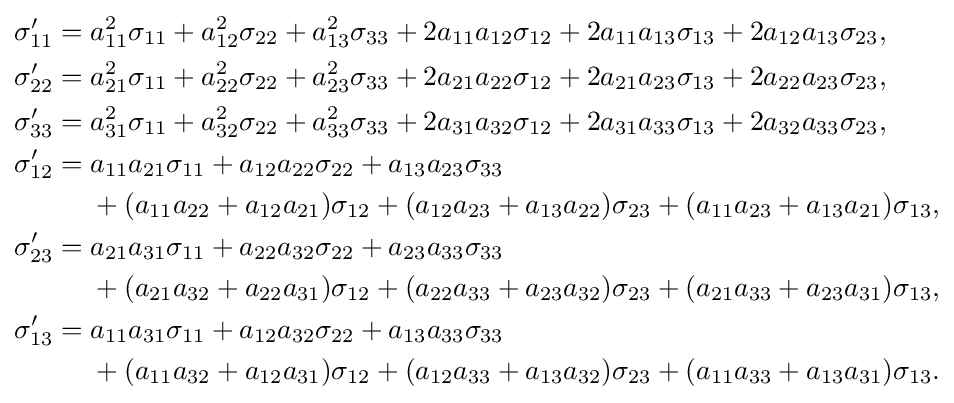
{\begin{aligned}\sigma _{11}'={}&a_{11}^{2}\sigma _{11}+a_{12}^{2}\sigma _{22}+a_{13}^{2}\sigma _{33}+2a_{11}a_{12}\sigma _{12}+2a_{11}a_{13}\sigma _{13}+2a_{12}a_{13}\sigma _{23},\\\sigma _{22}'={}&a_{21}^{2}\sigma _{11}+a_{22}^{2}\sigma _{22}+a_{23}^{2}\sigma _{33}+2a_{21}a_{22}\sigma _{12}+2a_{21}a_{23}\sigma _{13}+2a_{22}a_{23}\sigma _{23},\\\sigma _{33}'={}&a_{31}^{2}\sigma _{11}+a_{32}^{2}\sigma _{22}+a_{33}^{2}\sigma _{33}+2a_{31}a_{32}\sigma _{12}+2a_{31}a_{33}\sigma _{13}+2a_{32}a_{33}\sigma _{23},\\\sigma _{12}'={}&a_{11}a_{21}\sigma _{11}+a_{12}a_{22}\sigma _{22}+a_{13}a_{23}\sigma _{33}\\&+(a_{11}a_{22}+a_{12}a_{21})\sigma _{12}+(a_{12}a_{23}+a_{13}a_{22})\sigma _{23}+(a_{11}a_{23}+a_{13}a_{21})\sigma _{13},\\\sigma _{23}'={}&a_{21}a_{31}\sigma _{11}+a_{22}a_{32}\sigma _{22}+a_{23}a_{33}\sigma _{33}\\&+(a_{21}a_{32}+a_{22}a_{31})\sigma _{12}+(a_{22}a_{33}+a_{23}a_{32})\sigma _{23}+(a_{21}a_{33}+a_{23}a_{31})\sigma _{13},\\\sigma _{13}'={}&a_{11}a_{31}\sigma _{11}+a_{12}a_{32}\sigma _{22}+a_{13}a_{33}\sigma _{33}\\&+(a_{11}a_{32}+a_{12}a_{31})\sigma _{12}+(a_{12}a_{33}+a_{13}a_{32})\sigma _{23}+(a_{11}a_{33}+a_{13}a_{31})\sigma _{13}.\end{aligned}}